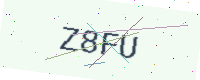
Text: Z8FU